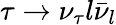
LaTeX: \tau\to\nu_{\tau}l\bar{\nu}_{l}